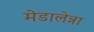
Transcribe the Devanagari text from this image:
मेडालेन्ना